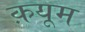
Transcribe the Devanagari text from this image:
क़यूम